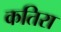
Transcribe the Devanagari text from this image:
कतिरा